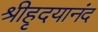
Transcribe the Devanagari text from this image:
श्रीहृदयानंद